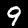
Label: 9